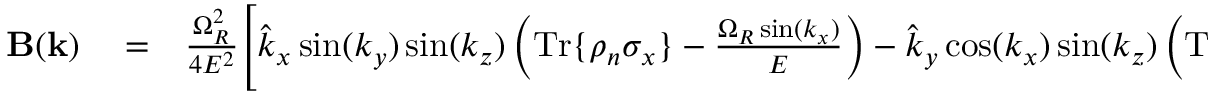
\begin{array} { r l r } { \mathbf { B } ( \mathbf { k } ) } & { { } = } & { \frac { \Omega _ { R } ^ { 2 } } { 4 E ^ { 2 } } \Bigg [ \hat { k } _ { x } \sin ( k _ { y } ) \sin ( k _ { z } ) \left( \mathrm { T r } \{ \rho _ { n } \sigma _ { x } \} - \frac { \Omega _ { R } \sin ( k _ { x } ) } { E } \right) - \hat { k } _ { y } \cos ( k _ { x } ) \sin ( k _ { z } ) \left( \mathrm { T r } \{ \rho _ { n } \sigma _ { y } \} - \frac { \Omega _ { R } \cos ( k _ { y } ) } { E } \right) } \end{array}